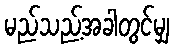
မည်သည့်အခါတွင်မျှ